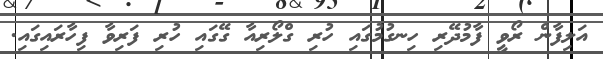
އަލިފާން ރޯވީ ފާމުދޭރި ހިނގުމުގައި ހުރި ގްލޯރިއާ ގޭގައި ހުރި ފަރިވާ ފިހާރައިގައި.